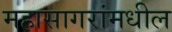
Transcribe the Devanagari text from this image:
महासागरांमधील